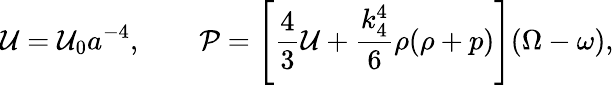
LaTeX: {\cal U}={\cal U}_{0}a^{-4},\qquad{\cal P}=\left[\frac 43{\cal U}+\frac{k_{4}^{4}}6\rho(\rho+p)\right](\Omega-\omega),